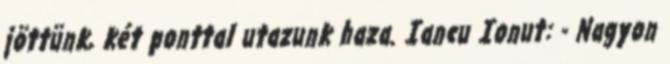
jöttünk, két ponttal utazunk haza. Iancu Ionut: - Nagyon